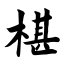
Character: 椹